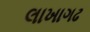
લાખાગઢ